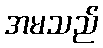
အမသည်